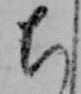
ち